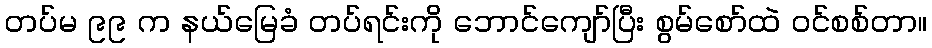
တပ်မ ၉၉ က နယ်မြေခံ တပ်ရင်းကို ဘောင်ကျော်ပြီး စွမ်စော်ထဲ ဝင်စစ်တာ။